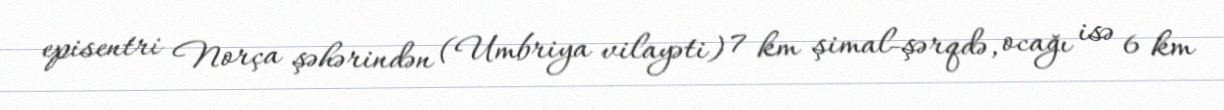
episentri Norça şəhərindən (Umbriya vilayəti) 7 km şimal-şərqdə, ocağı isə 6 km